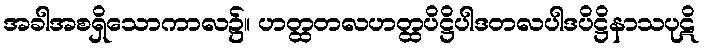
အခါအစရှိသောကာလ၌။ ဟတ္ထတလဟတ္ထပိဋ္ဌိပါဒတလပါဒပိဋ္ဌိနာသပုဋိ